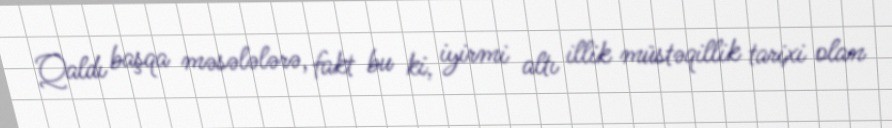
Qaldı başqa məsələlərə, fakt bu ki, iyirmi altı illik müstəqillik tarixi olan